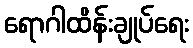
ရောဂါထိန်းချုပ်ရေး